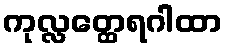
ကုလ္လတ္ထေရဂါထာ